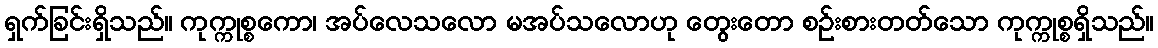
ရှက်ခြင်းရှိသည်။ ကုက္ကုစ္စကော၊ အပ်လေသလော မအပ်သလောဟု တွေးတော စဉ်းစားတတ်သော ကုက္ကုစ္စရှိသည်။